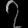
Digit: ၇